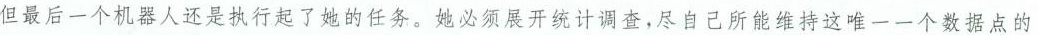
但最后一个机器人还是执行起了她的任务。她必须展开统计调查，尽自己所能维持这唯一一个数据点的